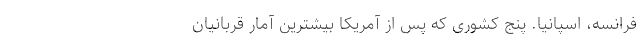
فرانسه، اسپانیا. پنج کشوری که پس از آمریکا بیشترین آمار قربانیان